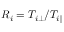
R _ { i } = T _ { i \perp } / T _ { i \parallel }